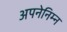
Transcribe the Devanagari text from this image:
अपनेनिम्न